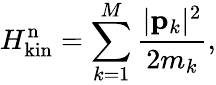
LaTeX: H_{\mathrm{kin}}^{\mathrm{n}}=\sum_{k=1}^{M}{\frac{|{\mathbf p}_{k}|^{2}}{2m_{k}}},